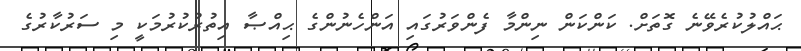
ޙައްލުކުރެވޭނެ ގޮތަށް. ކަންކަން ނިންމާ ފެންވަރުގައި އަންހެނުންގެ ޙިއްޞާ އިތުރުކުރުމަކީ މި ސަރުކާރުގެ